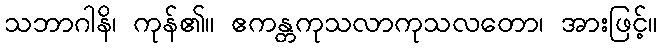
သဘာဂါနိ၊ ကုန်၏။ ဧကန္တကုသလာကုသလတော၊ အားဖြင့်။